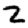
Digit: 2